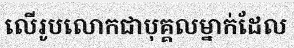
លើរូបលោកជាបុគ្គលម្នាក់ដែល